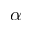
\alpha